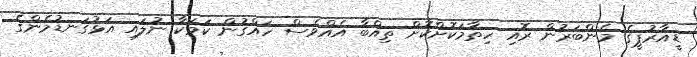
ޑީއާރުޕީގެ މެންބަރުން ރޮއި ހިތާމަކޮށްކޮށް ތިއްބާ އެއްވެސް ހައްގުން ކަމަކާ ނުލައި އަޅުގަނޑުމެންގެ